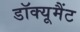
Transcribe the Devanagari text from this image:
डॉक्यूमैंट